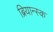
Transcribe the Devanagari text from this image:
ब्रियान्स्क